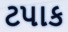
ટપાક